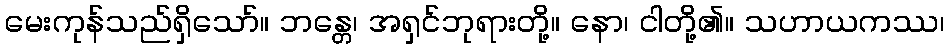
မေးကုန်သည်ရှိသော်။ ဘန္တေ၊ အရှင်ဘုရားတို့။ နော၊ ငါတို့၏။ သဟာယကဿ၊